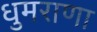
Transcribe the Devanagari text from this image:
धुमराणा